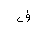
Letter: _fa